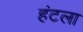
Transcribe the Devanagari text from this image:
हंटला